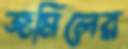
জমিলের